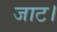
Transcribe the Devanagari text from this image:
जाट।